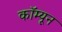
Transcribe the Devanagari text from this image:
कॉम्यून